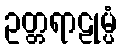
ဥတ္တရာဠုမ္ပံ